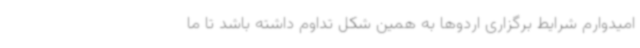
امیدوارم شرایط برگزاری اردوها به همین شکل تداوم داشته باشد تا ما